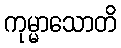
ကုမ္မာသောတိ